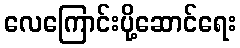
လေကြောင်းပို့ဆောင်ရေး